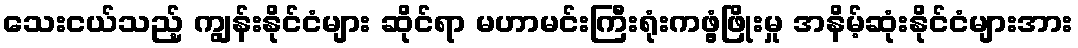
သေးငယ်သည့် ကျွန်းနိုင်ငံများ ဆိုင်ရာ မဟာမင်းကြီးရုံးကဖွံ့ဖြိုးမှု အနိမ့်ဆုံးနိုင်ငံများအား